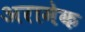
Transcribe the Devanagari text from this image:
अरामेक